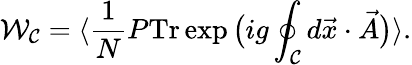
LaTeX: {\cal W}_{{\cal C}}=\langle\frac{1}{N}P\mathrm{Tr}\exp\big(ig\oint_{{\cal C}}d\vec{x}\cdot\vec{A}\big)\rangle.